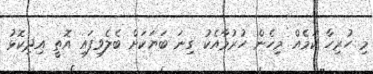
މި ހުރިހާ ކަމެއް މިހެން ހުރުމާއެކު ގިނަ ބަޔަކަށް ބެލެވިފައި އޮތީ އިދިކޮޅު